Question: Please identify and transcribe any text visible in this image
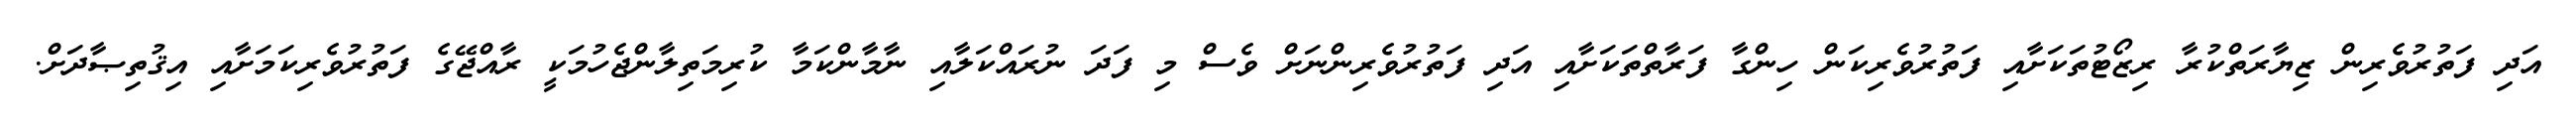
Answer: އަދި ފަތުރުވެރިން ޒިޔާރަތްކުރާ ރިޒޯޓުތަކަށާއި ފަތުރުވެރިކަން ހިންގާ ފަރާތްތަކަށާއި އަދި ފަތުރުވެރިންނަށް ވެސް މި ފަދަ ނުރައްކަލާއި ނާމާންކަމާ ކުރިމަތިލާންޖެހުމަކީ ރާއްޖޭގެ ފަތުރުވެރިކަމަށާއި އިޤުތިޞާދަށް.